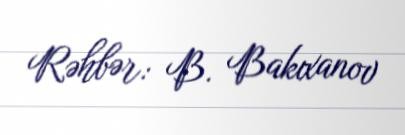
Rəhbər: B. Bakıxanov